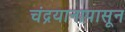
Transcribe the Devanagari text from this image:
चंद्रयानापासून